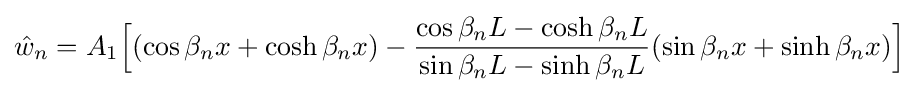
{\hat {w}}_{n}=A_{1}{\Bigl [}(\cos \beta _{n}x+\cosh \beta _{n}x)-{\frac {\cos \beta _{n}L-\cosh \beta _{n}L}{\sin \beta _{n}L-\sinh \beta _{n}L}}(\sin \beta _{n}x+\sinh \beta _{n}x){\Bigr ]}